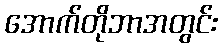
အောက်တိုဘာအတွင်း